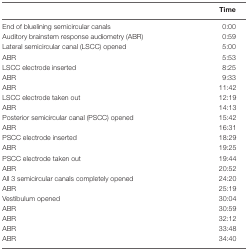
<table><thead><tr><td></td><td><b>Time</b></td></tr></thead><tbody><tr><td>End of bluelining semicircular canals</td><td>0:00</td></tr><tr><td>Auditory brainstem response audiometry (ABR)</td><td>0:59</td></tr><tr><td>Lateral semicircular canal (LSCC) opened</td><td>5:00</td></tr><tr><td>ABR</td><td>5:53</td></tr><tr><td>LSCC electrode inserted</td><td>8:25</td></tr><tr><td>ABR</td><td>9:33</td></tr><tr><td>ABR</td><td>11:42</td></tr><tr><td>LSCC electrode taken out</td><td>12:19</td></tr><tr><td>ABR</td><td>14:13</td></tr><tr><td>Posterior semicircular canal (PSCC) opened</td><td>15:42</td></tr><tr><td>ABR</td><td>16:31</td></tr><tr><td>PSCC electrode inserted</td><td>18:29</td></tr><tr><td>ABR</td><td>19:25</td></tr><tr><td>PSCC electrode taken out</td><td>19:44</td></tr><tr><td>ABR</td><td>20:52</td></tr><tr><td>All 3 semicircular canals completely opened</td><td>24:20</td></tr><tr><td>ABR</td><td>25:19</td></tr><tr><td>Vestibulum opened</td><td>30:04</td></tr><tr><td>ABR</td><td>30:59</td></tr><tr><td>ABR</td><td>32:12</td></tr><tr><td>ABR</td><td>33:48</td></tr><tr><td>ABR</td><td>34:40</td></tr></tbody></table>